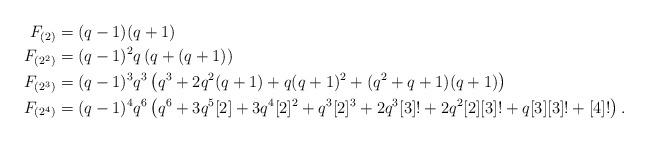
LaTeX: \begin{align*}F_{(2)} &= (q-1)(q+1)\\F_{(2^2)} &= (q-1)^2 q \left(q+ (q+1) \right)\\F_{(2^3)} &= (q-1)^3 q^3 \left(q^3+ 2q^2(q+1)+ q(q+1)^2+ (q^2+q+1)(q+1)\right)\\F_{(2^4)} &= (q-1)^4 q^6 \left(q^6+ 3q^5[2] + 3q^4[2]^2 + q^3[2]^3 + 2q^3[3]! + 2q^2[2][3]! + q[3][3]!+ [4]!\right).\end{align*}